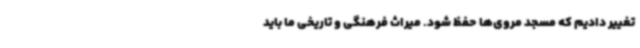
تغییر دادیم که مسجد مروی‌ها حفظ شود. میراث فرهنگی و تاریخی ما باید